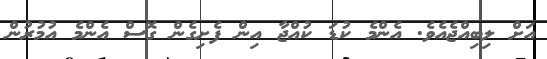
އަށް ލިބިއްޖެއެވެ. އެންމެ ކުޑަ ކުއްޖާ އިން ފެށިގެން ގޮސް އެންމެ އުމުރުން